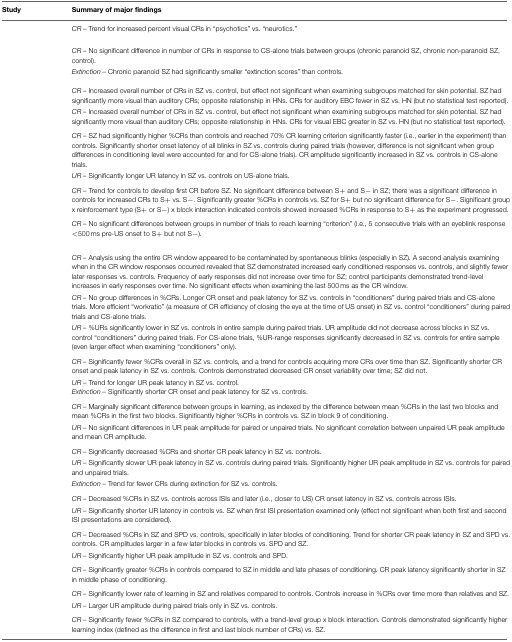
<table><thead><tr><td><b>Study</b></td><td><b>Summary of major findings</b></td></tr></thead><tbody><tr><td>[EMPTY_CELL]</td><td><i>CR</i> – Trend for increased percent visual CRs in “psychotics” vs. “neurotics.”</td></tr><tr><td>[EMPTY_CELL]</td><td><i>CR –</i> No significant difference in number of CRs in response to CS-alone trials between groups (chronic paranoid SZ, chronic non-paranoid SZ, control).</td></tr><tr><td>[EMPTY_CELL]</td><td><i>Extinction –</i> Chronic paranoid SZ had significantly smaller “extinction scores” than controls.</td></tr><tr><td>[EMPTY_CELL]</td><td>[EMPTY_CELL]</td></tr><tr><td>[EMPTY_CELL]</td><td><i>CR –</i> Increased overall number of CRs in SZ vs. control, but effect not significant when examining subgroups matched for skin potential. SZ had significantly more visual than auditory CRs; opposite relationship in HNs. CRs for auditory EBC fewer in SZ vs. HN (but no statistical test reported).</td></tr><tr><td>[EMPTY_CELL]</td><td><i>CR –</i> Increased overall number of CRs in SZ vs. control, but effect not significant when examining subgroups matched for skin potential. SZ had significantly more visual than auditory CRs; opposite relationship in HNs. CRs for visual EBC greater in SZ vs. HN (but no statistical test reported).</td></tr><tr><td>[EMPTY_CELL]</td><td><i>CR</i> – SZ had significantly higher %CRs than controls and reached 70% CR learning criterion significantly faster (i.e., earlier in the experiment) than controls. Significantly shorter onset latency of all blinks in SZ vs. controls during paired trials (however, difference is not significant when group differences in conditioning level were accounted for and for CS-alone trials). CR amplitude significantly increased in SZ vs. controls in CS-alone trials.</td></tr><tr><td>[EMPTY_CELL]</td><td><i>UR –</i> Significantly longer UR latency in SZ vs. controls on US-alone trials.</td></tr><tr><td>[EMPTY_CELL]</td><td><i>CR –</i> Trend for controls to develop first CR before SZ. No significant difference between S+ and S− in SZ; there was a significant difference in controls for increased CRs to S+ vs. S−. Significantly greater %CRs in controls vs. SZ for S+ but no significant difference for S−. Significant group x reinforcement type (S+ or S−) x block interaction indicated controls showed increased %CRs in response to S+ as the experiment progressed.</td></tr><tr><td>[EMPTY_CELL]</td><td><i>CR –</i> No significant differences between groups in number of trials to reach learning “criterion” (i.e., 5 consecutive trials with an eyeblink response &lt;500 ms pre-US onset to S+ but not S−).</td></tr><tr><td>[EMPTY_CELL]</td><td>[EMPTY_CELL]</td></tr><tr><td>[EMPTY_CELL]</td><td><i>CR –</i> Analysis using the entire CR window appeared to be contaminated by spontaneous blinks (especially in SZ). A second analysis examining when in the CR window responses occurred revealed that SZ demonstrated increased early conditioned responses vs. controls, and slightly fewer later responses vs. controls. Frequency of early responses did not increase over time for SZ; control participants demonstrated trend-level increases in early responses over time. No significant effects when examining the last 500 ms as the CR window.</td></tr><tr><td>[EMPTY_CELL]</td><td><i>CR –</i> No group differences in %CRs. Longer CR onset and peak latency for SZ vs. controls in “conditioners” during paired trials and CS-alone trials. More efficient “workratio” (a measure of CR efficiency of closing the eye at the time of US onset) in SZ vs. control “conditioners” during paired trials and CS-alone trials.</td></tr><tr><td>[EMPTY_CELL]</td><td><i>UR –</i> %URs significantly lower in SZ vs. controls in entire sample during paired trials. UR amplitude did not decrease across blocks in SZ vs. control “conditioners” during paired trials. For CS-alone trials, %UR-range responses significantly decreased in SZ vs. controls for entire sample (even larger effect when examining “conditioners” only).</td></tr><tr><td>[EMPTY_CELL]</td><td><i>CR –</i> Significantly fewer %CRs overall in SZ vs. controls, and a trend for controls acquiring more CRs over time than SZ. Significantly shorter CR onset and peak latency in SZ vs. controls. Controls demonstrated decreased CR onset variability over time; SZ did not.</td></tr><tr><td>[EMPTY_CELL]</td><td><i>UR</i> – Trend for longer UR peak latency in SZ vs. control. <i>Extinction –</i> Significantly shorter CR onset and peak latency for SZ vs. controls.</td></tr><tr><td>[EMPTY_CELL]</td><td><i>CR –</i> Marginally significant difference between groups in learning, as indexed by the difference between mean %CRs in the last two blocks and mean %CRs in the first two blocks. Significantly higher %CRs in controls vs. SZ in block 9 of conditioning.</td></tr><tr><td>[EMPTY_CELL]</td><td><i>UR –</i> No significant differences in UR peak amplitude for paired or unpaired trials. No significant correlation between unpaired UR peak amplitude and mean CR amplitude.</td></tr><tr><td>[EMPTY_CELL]</td><td><i>CR –</i> Significantly decreased %CRs and shorter CR peak latency in SZ vs. controls.</td></tr><tr><td>[EMPTY_CELL]</td><td><i>UR –</i> Significantly slower UR peak latency in SZ vs. controls during paired trials. Significantly higher UR peak amplitude in SZ vs. controls for paired and unpaired trials.</td></tr><tr><td>[EMPTY_CELL]</td><td><i>Extinction –</i> Trend for fewer CRs during extinction for SZ vs. controls.</td></tr><tr><td>[EMPTY_CELL]</td><td><i>CR –</i> Decreased %CRs in SZ vs. controls across ISIs and later (i.e., closer to US) CR onset latency in SZ vs. controls across ISIs.</td></tr><tr><td>[EMPTY_CELL]</td><td><i>UR –</i> Significantly shorter UR latency in controls vs. SZ when first ISI presentation examined only (effect not significant when both first and second ISI presentations are considered).</td></tr><tr><td>[EMPTY_CELL]</td><td><i>CR –</i> Decreased %CRs in SZ and SPD vs. controls, specifically in later blocks of conditioning. Trend for shorter CR peak latency in SZ and SPD vs. controls. CR amplitudes larger in a few later blocks in controls vs. SPD and SZ.</td></tr><tr><td>[EMPTY_CELL]</td><td><i>UR –</i> Significantly higher UR peak amplitude in SZ vs. controls and SPD.</td></tr><tr><td>[EMPTY_CELL]</td><td><i>CR –</i> Significantly greater %CRs in controls compared to SZ in middle and late phases of conditioning. CR peak latency significantly shorter in SZ in middle phase of conditioning.</td></tr><tr><td>[EMPTY_CELL]</td><td><i>CR –</i> Significantly lower rate of learning in SZ and relatives compared to controls. Controls increase in %CRs over time more than relatives and SZ.</td></tr><tr><td>[EMPTY_CELL]</td><td><i>UR –</i> Larger UR amplitude during paired trials only in SZ vs. controls.</td></tr><tr><td>[EMPTY_CELL]</td><td><i>CR –</i> Significantly fewer %CRs in SZ compared to controls, with a trend-level group x block interaction. Controls demonstrated significantly higher learning index (defined as the difference in first and last block number of CRs) vs. SZ.</td></tr></tbody></table>